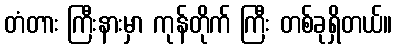
တံတား ကြီးနားမှာ ကုန်တိုက် ကြီး တစ်ခုရှိတယ်။